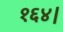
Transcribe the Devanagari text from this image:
१६४।